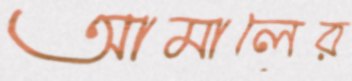
আমালের